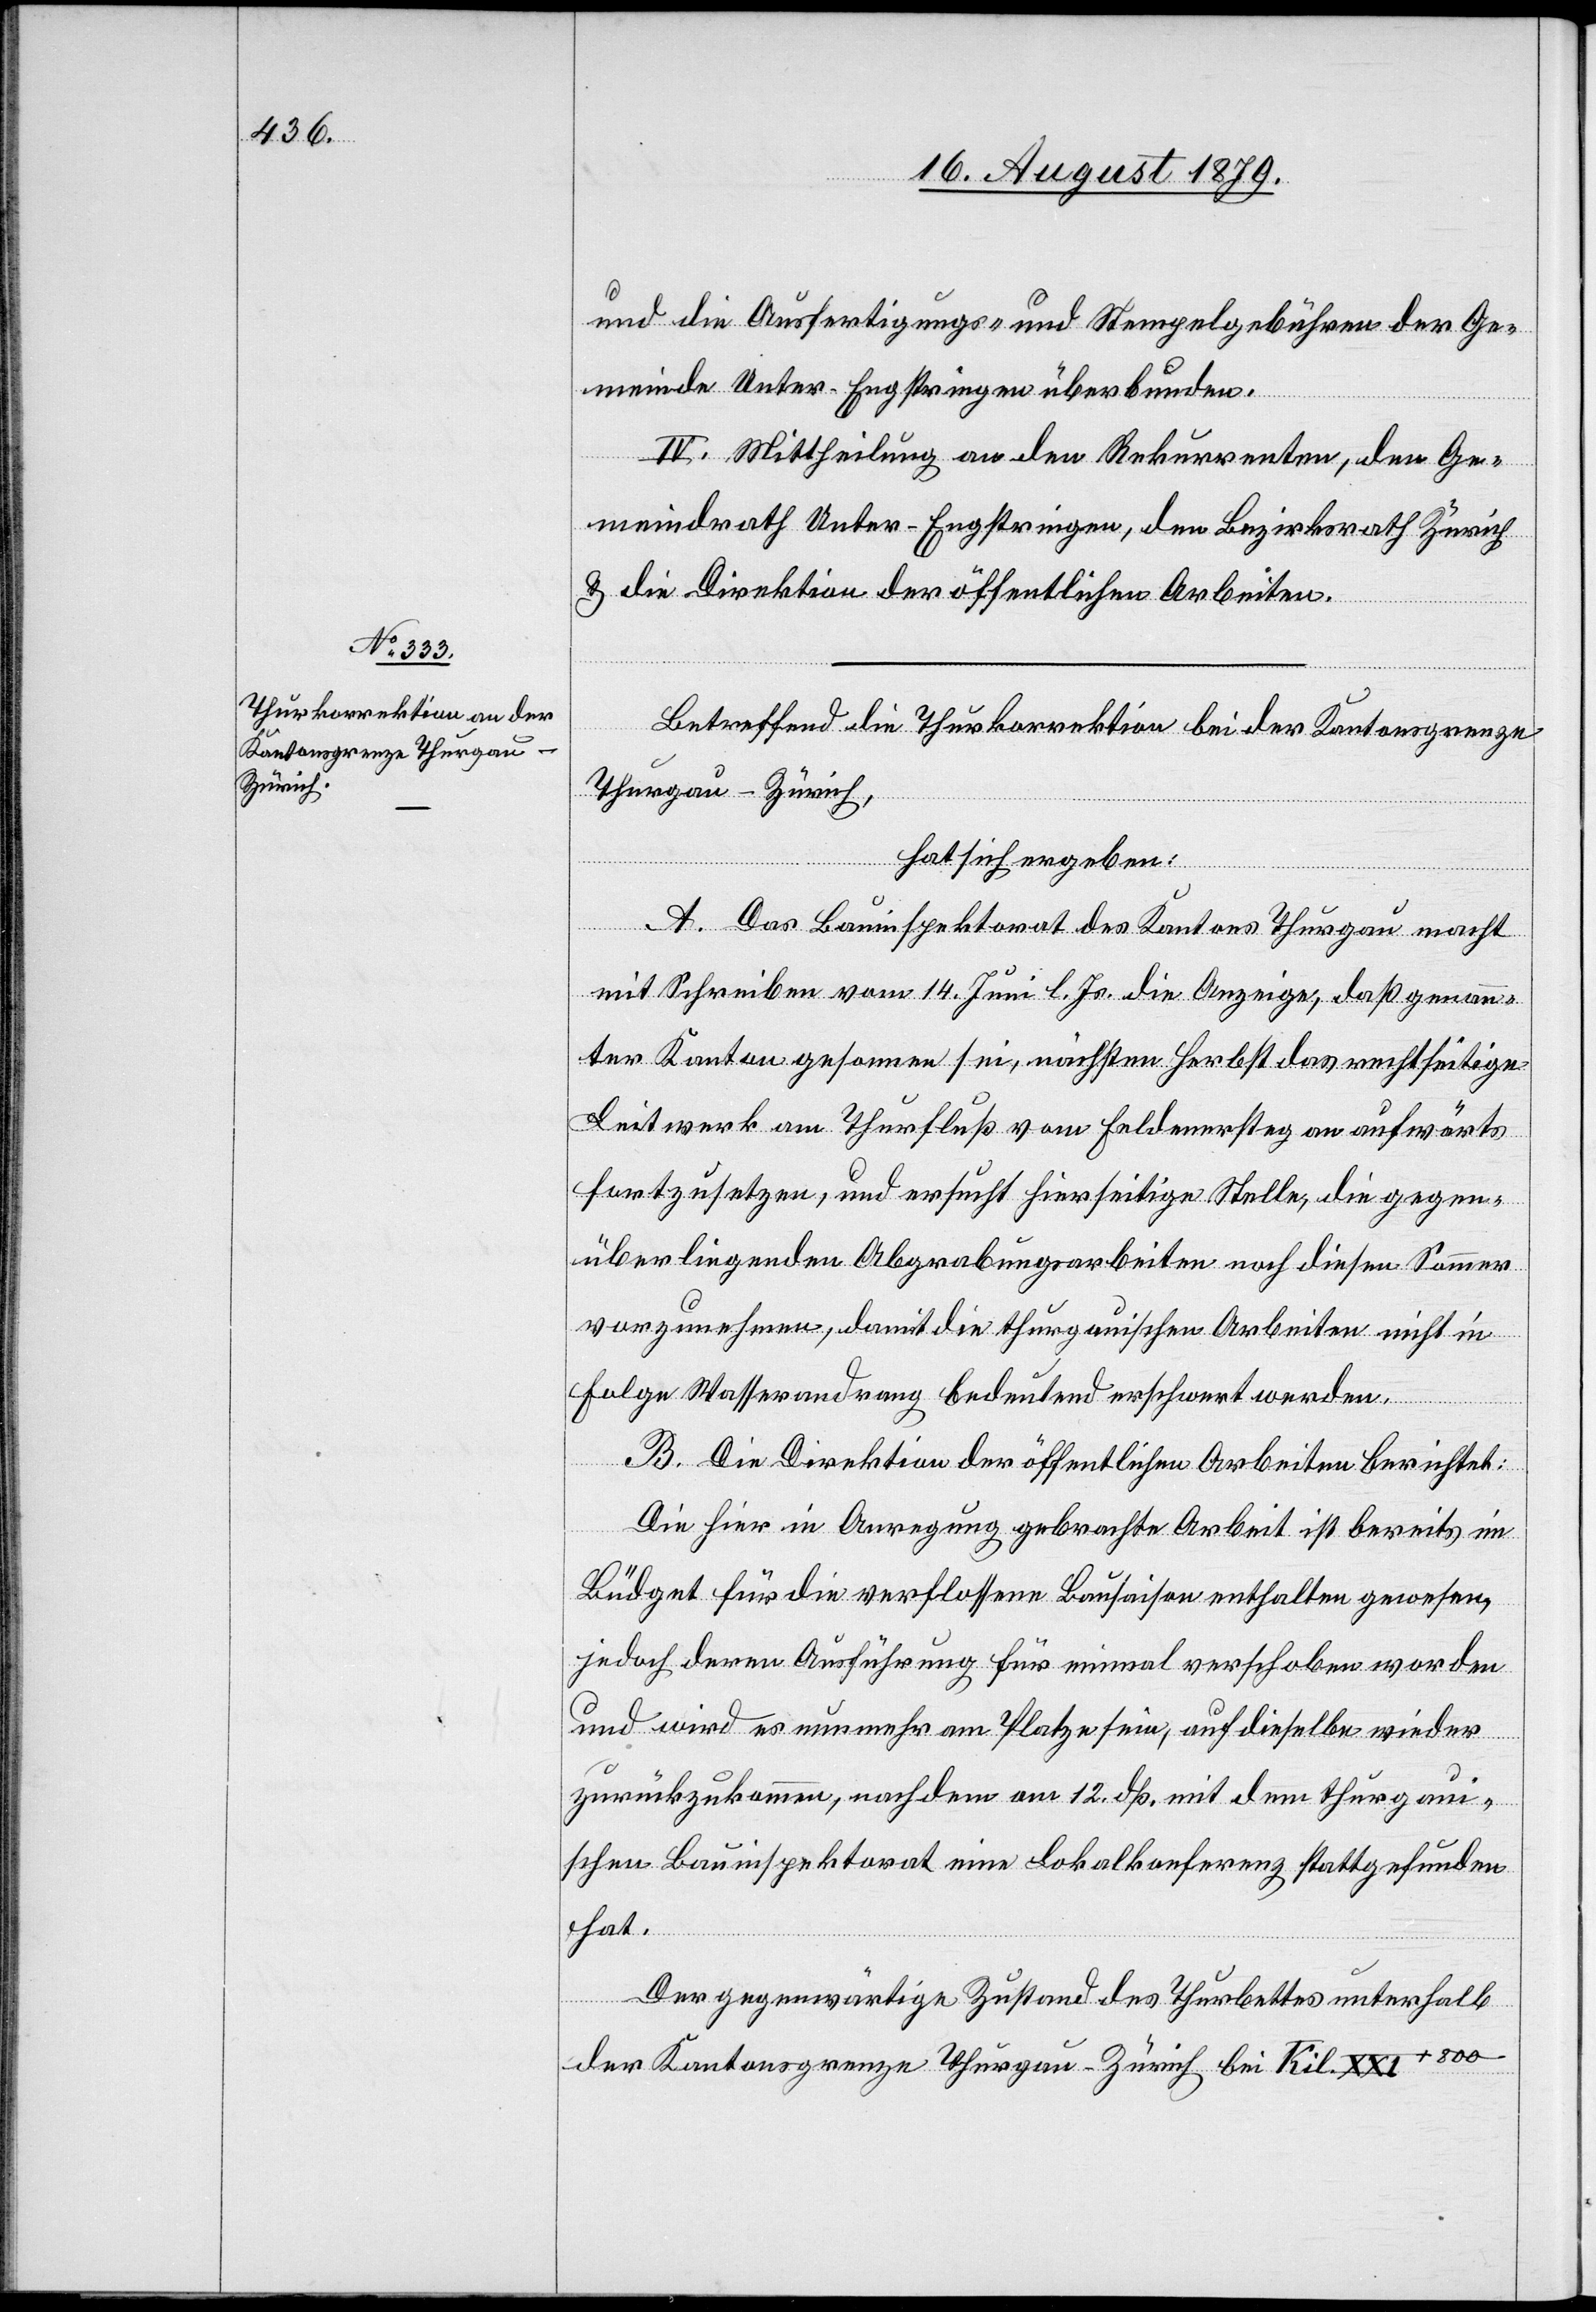
und die Ausfertigungs- und Stempelgebühren der Ge¬
meinde Unter-Engstringen überbunden.
IV. Mittheilung an den Rekurrenten, den Ge¬
meindrath Unter-Engstringen, den Bezirksrath Zürich
& die Direktion der öffentlichen Arbeiten.
Betreffend die Thurkorrektion bei der Kantonsgrenze
Thurgau–Zürich,
hat sich ergeben:
A. Das Bauinspektorat des Kantons Thurgau macht
mit Schreiben vom 14. Juni l. Js. die Anzeige, daß genann¬
ter Kanton gesonnen sei, nächsten Herbst das rechtseitige
Leitwerk am Thurfluß vom Feldnersteg an aufwärts
fortzusetzen, und ersucht hierseitige Stelle, die gegen¬
überliegenden Abgrabungsarbeiten noch diesen Sommer
vorzunehmen, damit die thurgauischen Arbeiten nicht in
Folge Wasserandrang bedeutend erschwert werden.
B. Die Direktion der öffentlichen Arbeiten berichtet:
Die hier in Anregung gebrachte Arbeit ist bereits im
Büdget für die verflossene Bausaison enthalten gewesen,
jedoch deren Ausführung für einmal verschoben worden
und wird es nunmehr am Platze sein, auf dieselbe wieder
zurückzukommen, nachdem am 12. dß. mit dem thurgau¬
ischen Bauinspektorat eine Lokalkonferenz stattgefunden
hat.
Der gegenwärtige Zustand des Thurbettes unterhalb
der Kantonsgrenze Thurgau–Zürich bei Kil. XXI+800